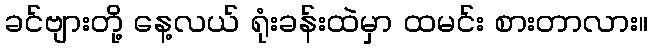
ခင်ဗျားတို့ နေ့လယ် ရုံးခန်းထဲမှာ ထမင်း စားတာလား။